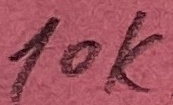
Text: 10K